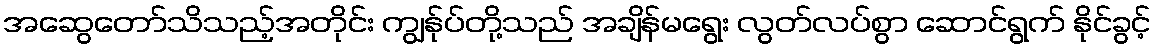
အဆွေတော်သိသည့်အတိုင်း ကျွန်ုပ်တို့သည် အချိန်မရွေး လွတ်လပ်စွာ ဆောင်ရွက် နိုင်ခွင့်